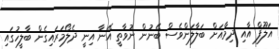
އަލޫފް އާއި ދިމާއަށް ބަލާލަންވެސް ބޭނުން ނުވާތީ އޭނާ އިނީ ދެލޯމަރައިގެން ބާލީހުގައި